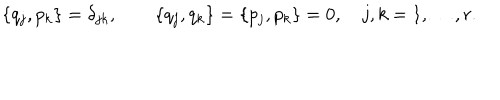
\{ q _ { j } , p _ { k } \} = \delta _ { j k } , \qquad \{ q _ { j } , q _ { k } \} = \{ p _ { j } , p _ { k } \} = 0 , \quad j , k = 1 , \ldots , r .